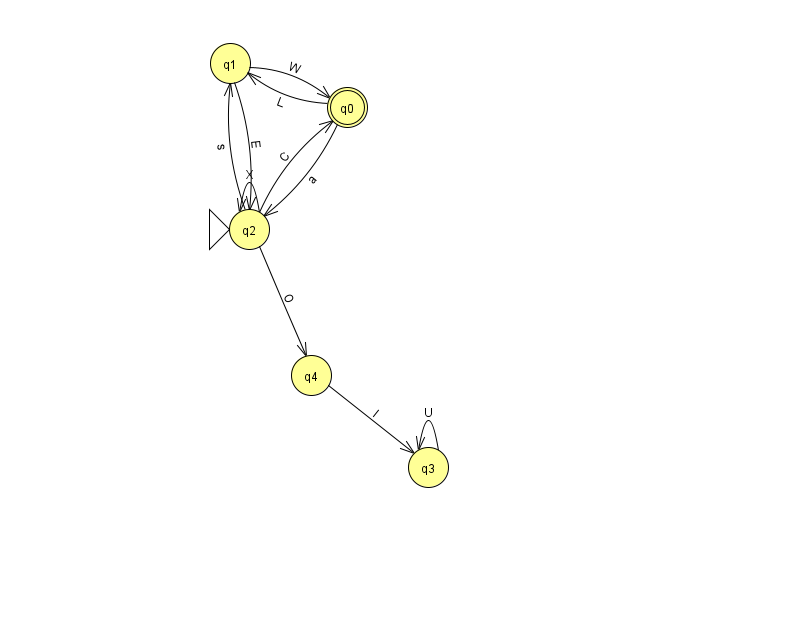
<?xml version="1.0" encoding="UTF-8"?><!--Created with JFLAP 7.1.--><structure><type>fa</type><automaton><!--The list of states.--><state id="0" name="q0"><x>347.0</x><y>94.0</y><final/></state><state id="1" name="q1"><x>230.0</x><y>50.0</y></state><state id="2" name="q2"><x>249.0</x><y>216.0</y><initial/></state><state id="3" name="q3"><x>428.0</x><y>454.0</y></state><state id="4" name="q4"><x>311.0</x><y>362.0</y></state><!--The list of transitions.--><transition><from>1</from><to>2</to><read>E</read></transition><transition><from>0</from><to>1</to><read>L</read></transition><transition><from>4</from><to>3</to><read>l</read></transition><transition><from>3</from><to>3</to><read>U</read></transition><transition><from>2</from><to>1</to><read>s</read></transition><transition><from>2</from><to>2</to><read>X</read></transition><transition><from>2</from><to>4</to><read>O</read></transition><transition><from>0</from><to>2</to><read>a</read></transition><transition><from>1</from><to>0</to><read>W</read></transition><transition><from>2</from><to>0</to><read>C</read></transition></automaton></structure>